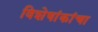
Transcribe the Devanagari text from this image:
विशेषांकांचा